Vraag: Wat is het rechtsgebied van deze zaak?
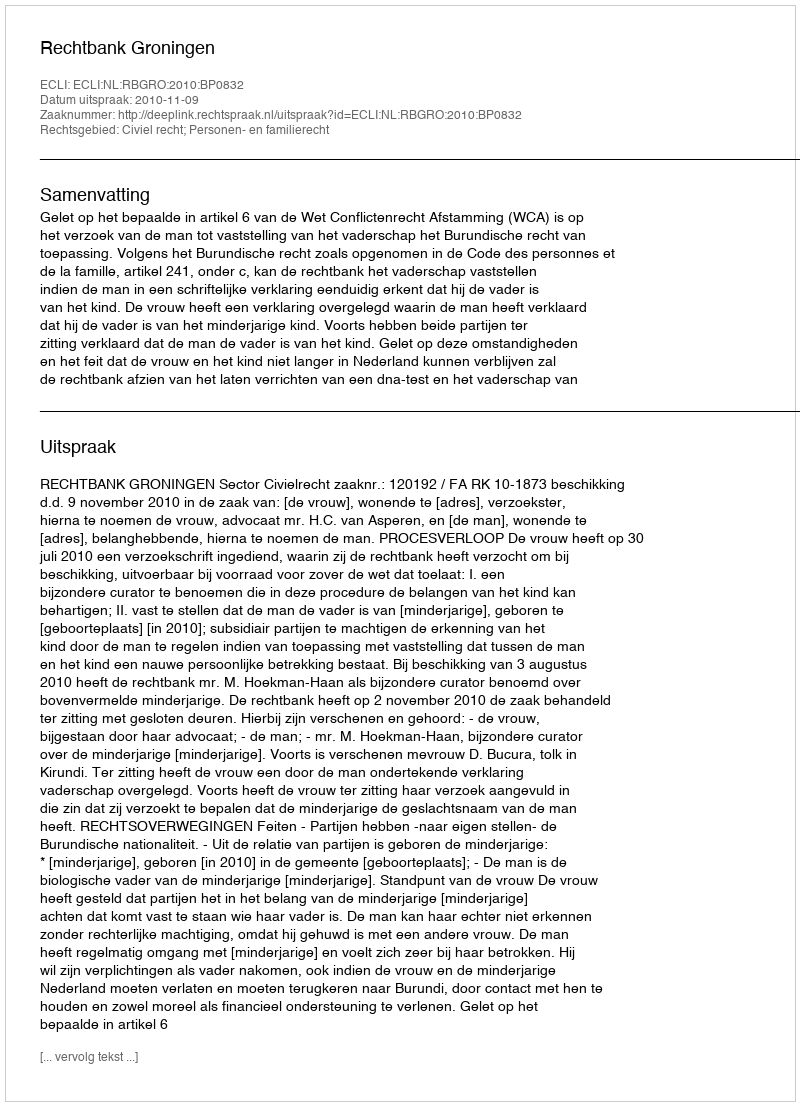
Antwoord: Civiel recht; Personen- en familierecht